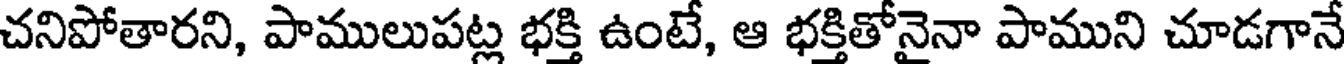
చనిపోతారని, పాములుపట్ల భక్తి ఉంటే, ఆ భక్తితోనైనా పాముని చూడగానే